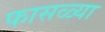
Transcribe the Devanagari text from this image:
फासळ्या